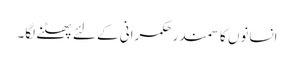
انسانوں کا سمندر حکمرانی کے لئے پھٹنے لگا۔